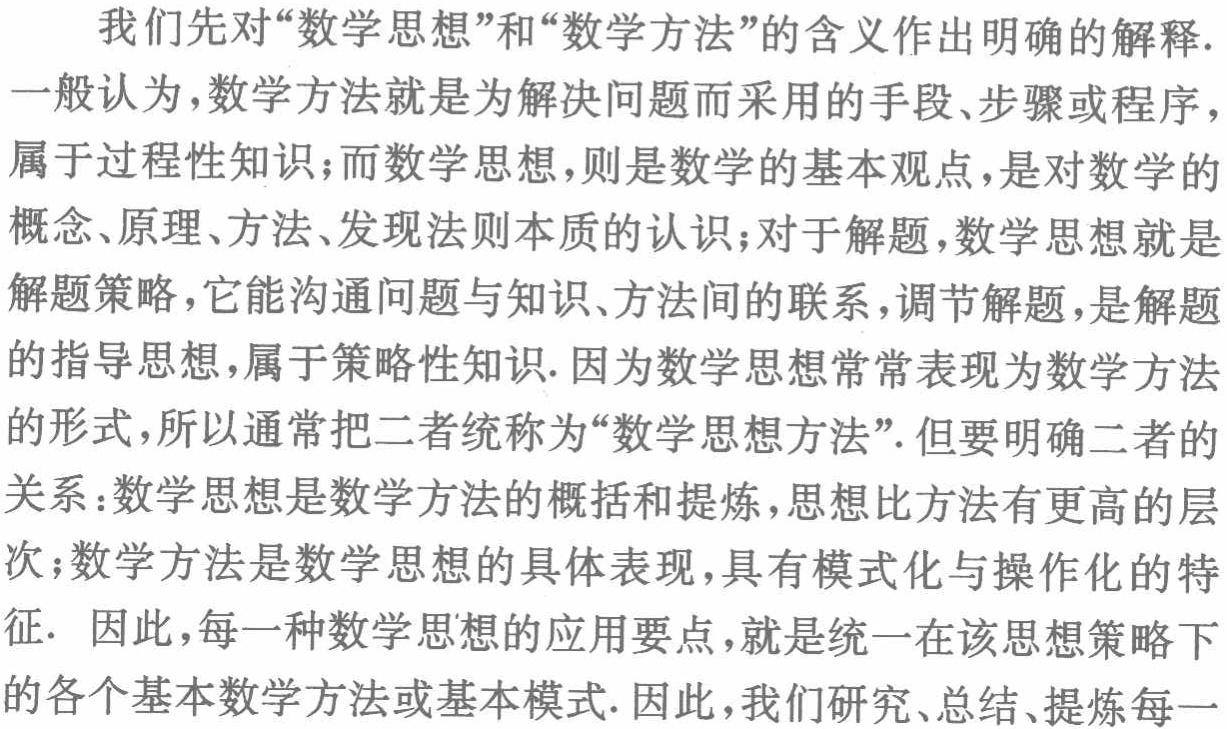
我们先对“数学思想”和“数学方法”的含义作出明确的解释.

一般认为，数学方法就是为解决问题而采用的手段、步骤或程序，属于过程性知识；而数学思想，则是数学的基本观点，是对数学的概念、原理、方法、发现法则本质的认识；对于解题，数学思想就是解题策略，它能沟通问题与知识、方法间的联系，调节解题，是解题的指导思想，属于策略性知识. 因为数学思想常常表现为数学方法的形式，所以通常把二者统称为“数学思想方法”. 但要明确二者的关系：数学思想是数学方法的概括和提炼，思想比方法有更高的层次；数学方法是数学思想的具体表现，具有模式化与操作化的特征. 因此，每一种数学思想的应用要点，就是统一在该思想策略下的各个基本数学方法或基本模式. 因此，我们研究、总结、提炼每一